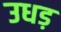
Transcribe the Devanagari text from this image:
उधड़